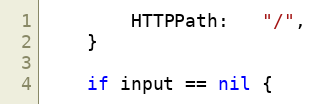
Language: Go
		HTTPPath:   "/",
	}

	if input == nil {